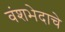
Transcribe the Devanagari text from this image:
वंशभेदाचे